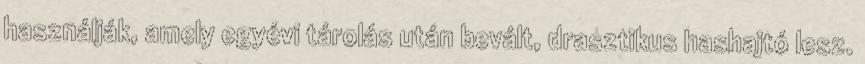
használják, amely egyévi tárolás után bevált, drasztikus hashajtó lesz.